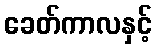
ခေတ်ကာလနှင့်